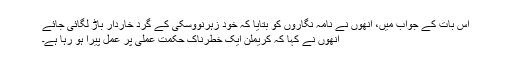
اِس بات کے جواب میں، اُنھوں نے نامہ نگاروں کو بتایا کہ خود زہرنووسکی کے گِرد خاردار باڑ لگائی جائے
اُنھوں نے کہا کہ کریملن ایک خطرناک حکمتِ عملی پر عمل پیرا ہو رہا ہے۔